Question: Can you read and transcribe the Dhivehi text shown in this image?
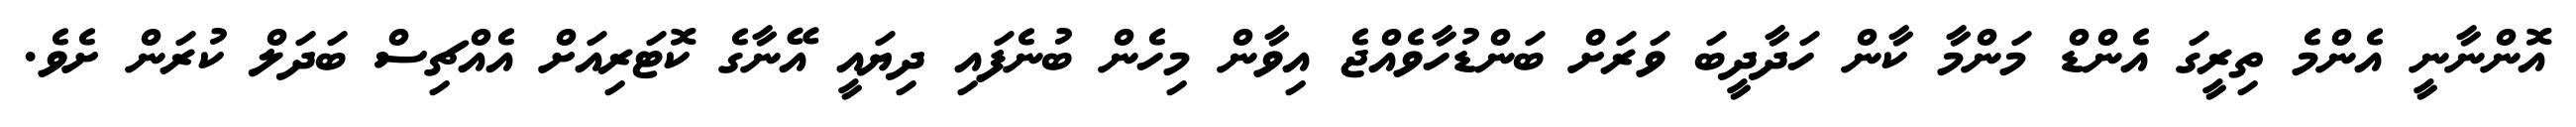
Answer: އޮންނާނީ އެންމެ ތިރީގަ އެންޑް މަންމާ ކާން ހަދާދީބަ ވަރަށް ބަންޑުހާވެއްޖެ އިވާން މިހެން ބުނެފައި ދިޔައީ އޭނާގެ ކޮޓަރިއަށް އެއްޗިސް ބަދަލް ކުރަން ށެވެ.